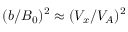
( b / B _ { 0 } ) ^ { 2 } \approx ( V _ { x } / V _ { A } ) ^ { 2 }